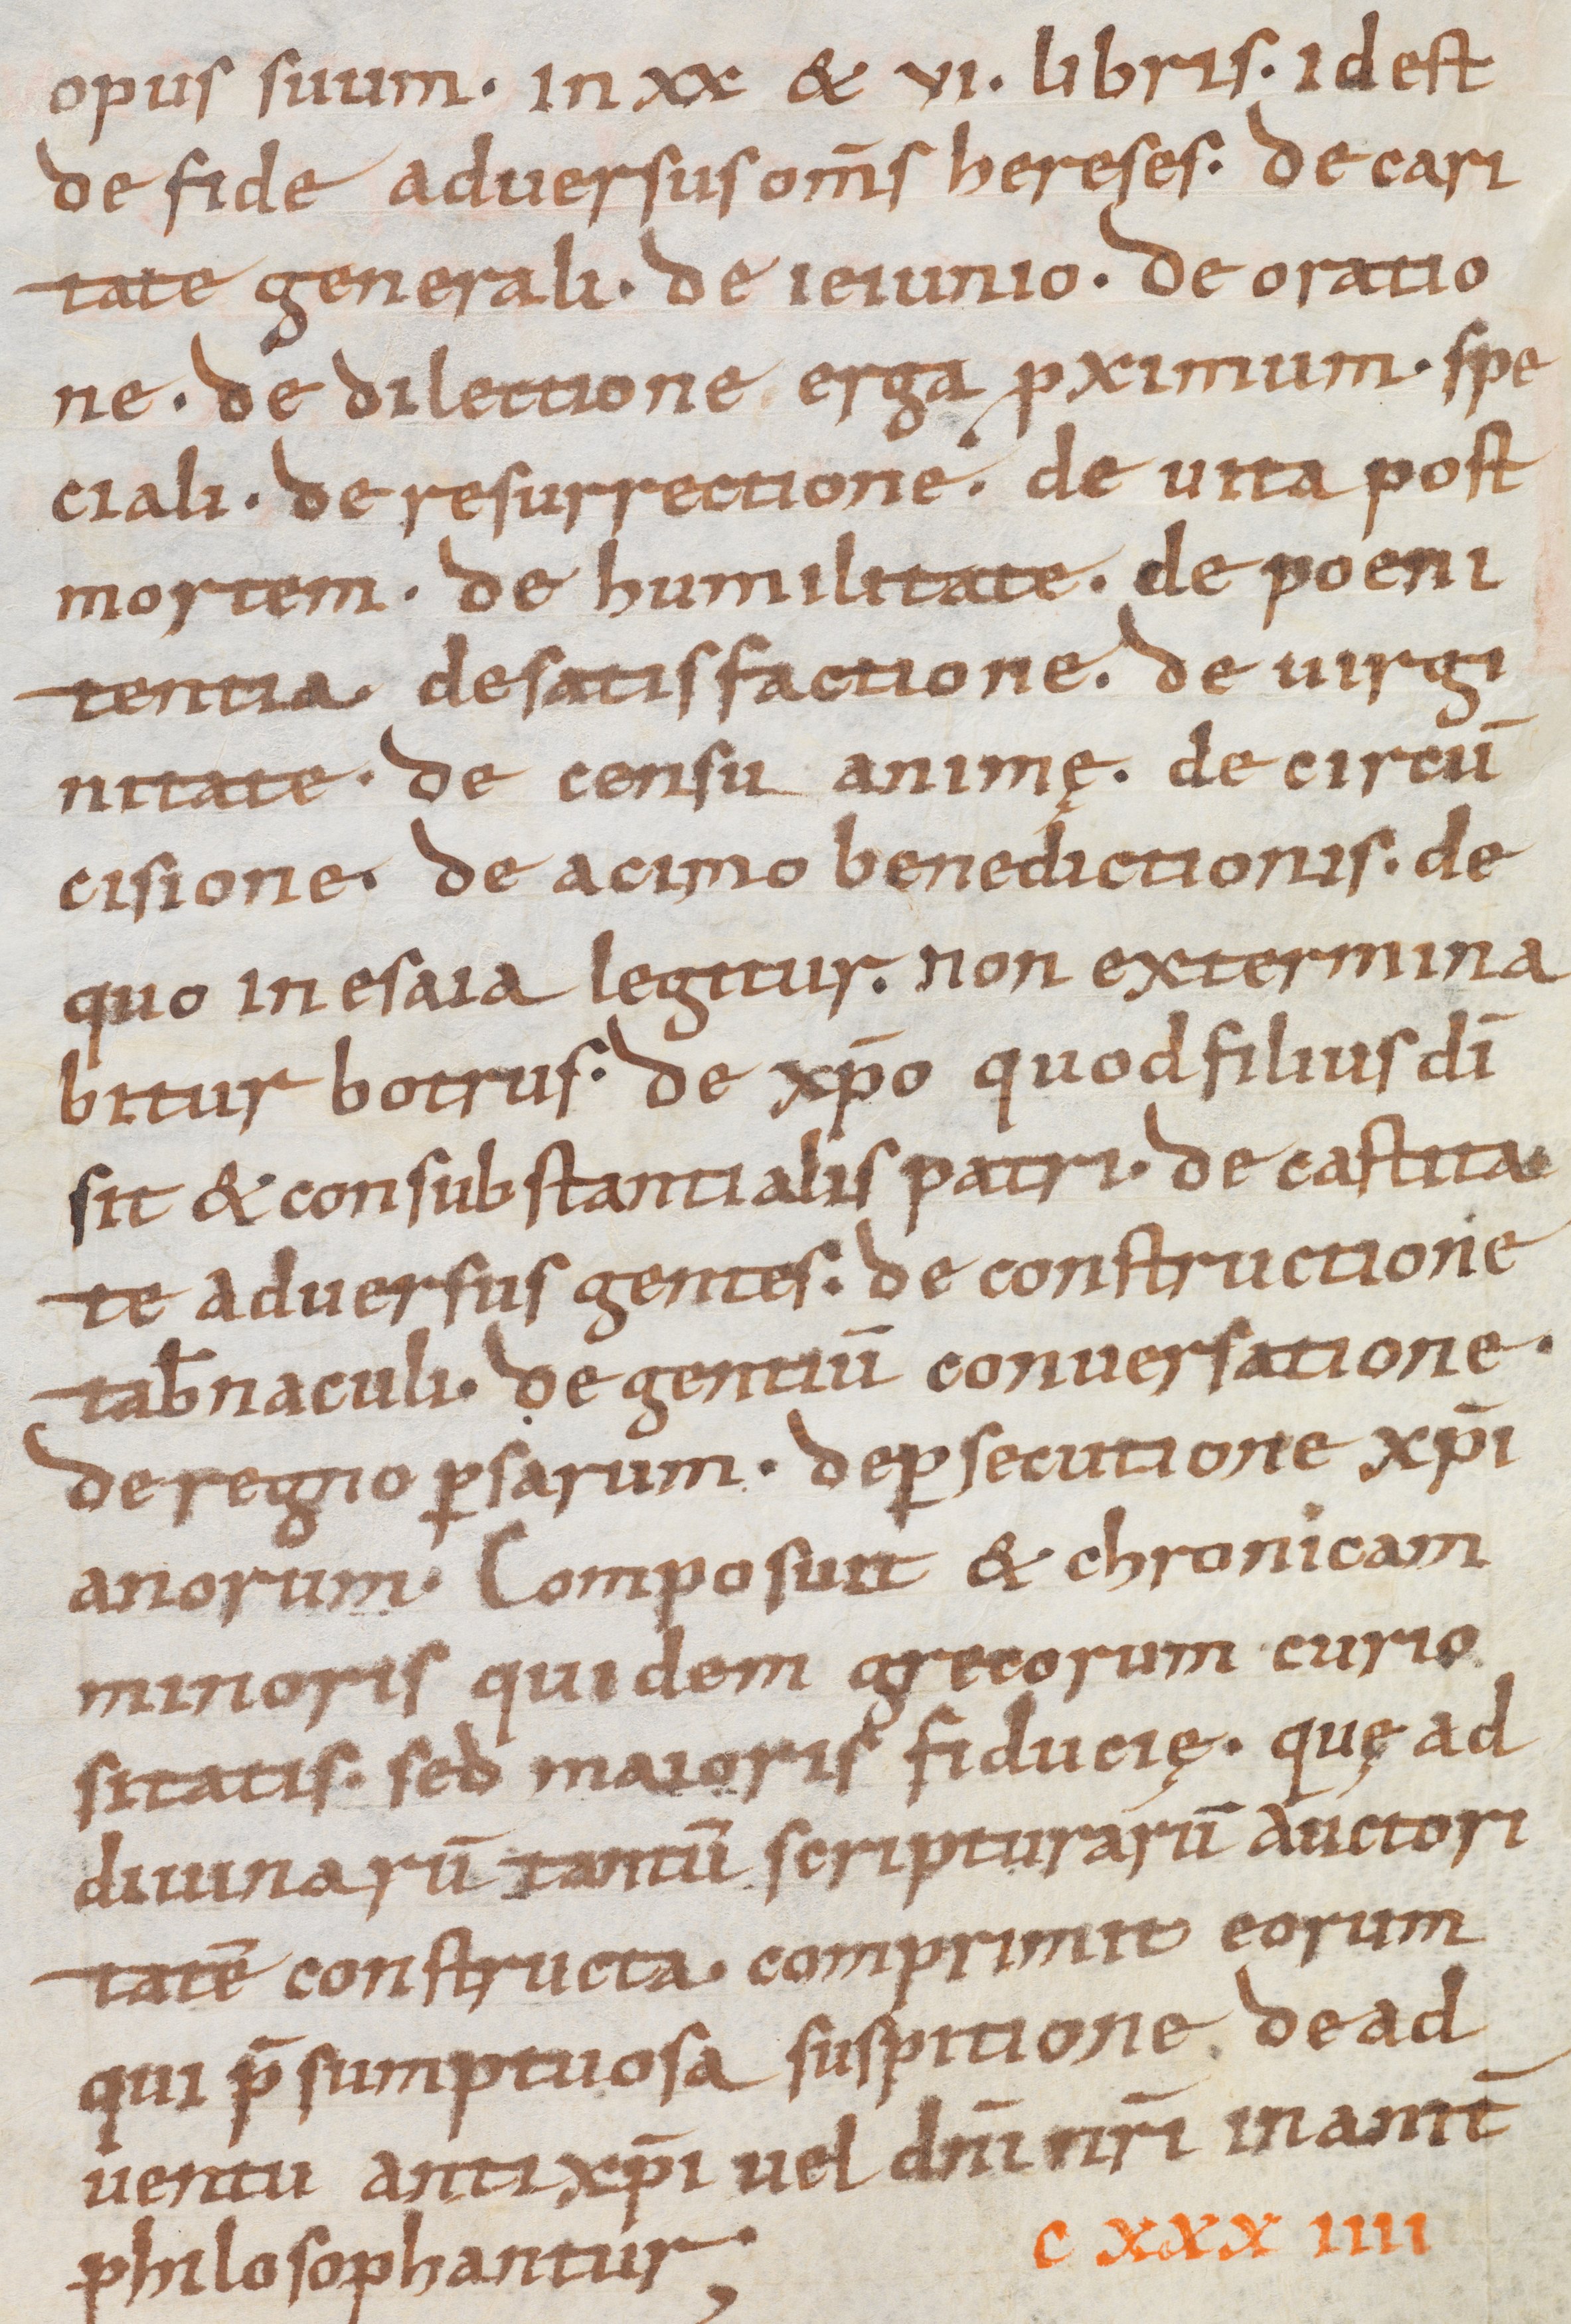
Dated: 900–1099